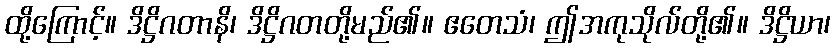
ထို့ကြောင့်။ ဒိဋ္ဌိဂတာနိ၊ ဒိဋ္ဌိဂတတို့မည်၏။ ဧတေသံ၊ ဤအကုသိုလ်တို့၏။ ဒိဋ္ဌိယာ၊